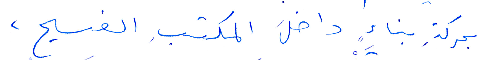
بحركة بناء داخل المكتب الفسيح،